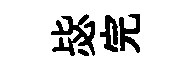
毖完